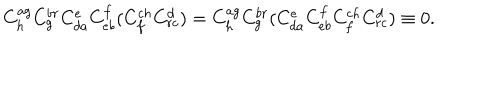
C _ { h } ^ { a g } C _ { g } ^ { b r } C _ { d a } ^ { e } C _ { e b } ^ { f } ( C _ { f } ^ { c h } C _ { r c } ^ { d } ) = C _ { h } ^ { a g } C _ { g } ^ { b r } ( C _ { d a } ^ { e } C _ { e b } ^ { f } C _ { f } ^ { c h } C _ { r c } ^ { d } ) \equiv 0 .